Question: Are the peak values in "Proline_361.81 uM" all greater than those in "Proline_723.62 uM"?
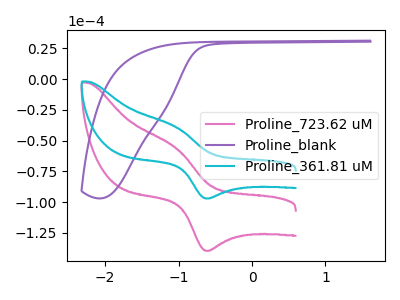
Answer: <think>The pink curve "Proline_723.62 uM" has an anodic peak at (-1.05V, -55.85uA) and a cathodic peak at (-0.60V, -139.45uA). The purple curve "Proline_blank" has no peaks. The cyan curve "Proline_361.81 uM" has an anodic peak at (-1.05V, -38.85uA) and a cathodic peak at (-0.60V, -97.00uA).</think>
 <answer>The peaks in "Proline_361.81 uM" are neither all higher or all lower than the peaks in "Proline_723.62 uM".</answer>
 <eval>mixed</eval>